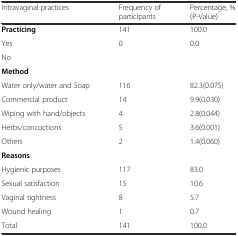
<table><thead><tr><td><b>Intravaginal practices</b></td><td><b>Frequency of participants</b></td><td><b>Percentage, % (P-Value)</b></td></tr></thead><tbody><tr><td><b>Practicing</b></td><td>141</td><td>100.0</td></tr><tr><td>Yes</td><td>0</td><td>0.0</td></tr><tr><td>No</td><td></td><td></td></tr><tr><td><b>Method</b></td><td></td><td></td></tr><tr><td>Water only/water and Soap</td><td>116</td><td>82.3(0.075)</td></tr><tr><td>Commercial product</td><td>14</td><td>9.9(0.030)</td></tr><tr><td>Wiping with hand/objects</td><td>4</td><td>2.8(0.044)</td></tr><tr><td>Herbs/concoctions</td><td>5</td><td>3.6(0.001)</td></tr><tr><td>Others</td><td>2</td><td>1.4(0.060)</td></tr><tr><td><b>Reasons</b></td><td></td><td></td></tr><tr><td>Hygienic purposes</td><td>117</td><td>83.0</td></tr><tr><td>Sexual satisfaction</td><td>15</td><td>10.6</td></tr><tr><td>Vaginal tightness</td><td>8</td><td>5.7</td></tr><tr><td>Wound healing</td><td>1</td><td>0.7</td></tr><tr><td>Total</td><td>141</td><td>100.0</td></tr></tbody></table>